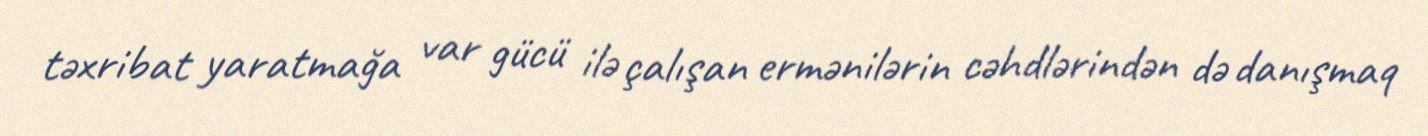
təxribat yaratmağa var gücü ilə çalışan ermənilərin cəhdlərindən də danışmaq